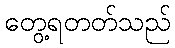
တွေ့ရတတ်သည်